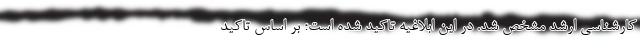
کارشناسی ارشد مشخص شد. در این ابلاغیه تاکید شده است؛ بر اساس تاکید